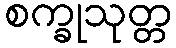
စက္ခုသုတ္တ